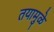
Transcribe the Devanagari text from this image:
तयामुळे